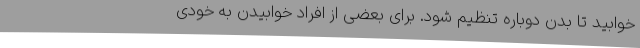
خوابید تا بدن دوباره تنظیم شود. برای بعضی از افراد خوابیدن به خودی